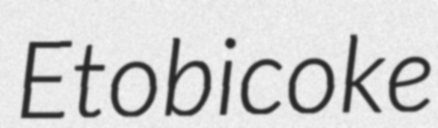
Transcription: Etobicoke